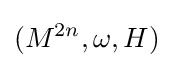
(M^{2n},\omega ,H)